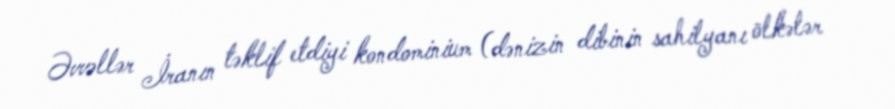
Əvvəllər İranın təklif etdiyi kondominium (dənizin dibinin sahilyanı ölkələr